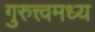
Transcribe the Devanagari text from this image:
गुरुत्त्वमध्य